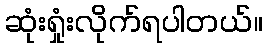
ဆုံးရှုံးလိုက်ရပါတယ်။